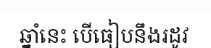
ឆ្នាំនេះ បើធៀបនឹងរដូវ